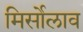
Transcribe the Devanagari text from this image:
मिर्सोलाव